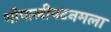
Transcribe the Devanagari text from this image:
भोपालीपटनमला